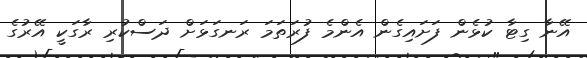
އޭނާ ގިޓާ ކުޅެން ފަށައިގެން އެންމެ ފުރަތަމަ ރަނގަޅަށް ދަސްކުރި ރާގަކީ އޭރުގެ